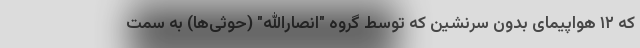
که ۱۲ هواپیمای بدون سرنشین که توسط گروه "انصارالله" (حوثی‌ها) به سمت